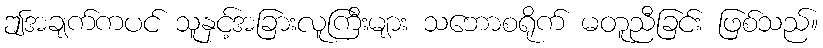
ဤအချက်ကပင် သူနှင့်အခြားလူကြီးများ သဘောစရိုက် မတူညီခြင်း ဖြစ်သည်။